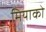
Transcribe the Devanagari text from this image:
मियाको